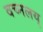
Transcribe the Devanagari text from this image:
वच्नलय्